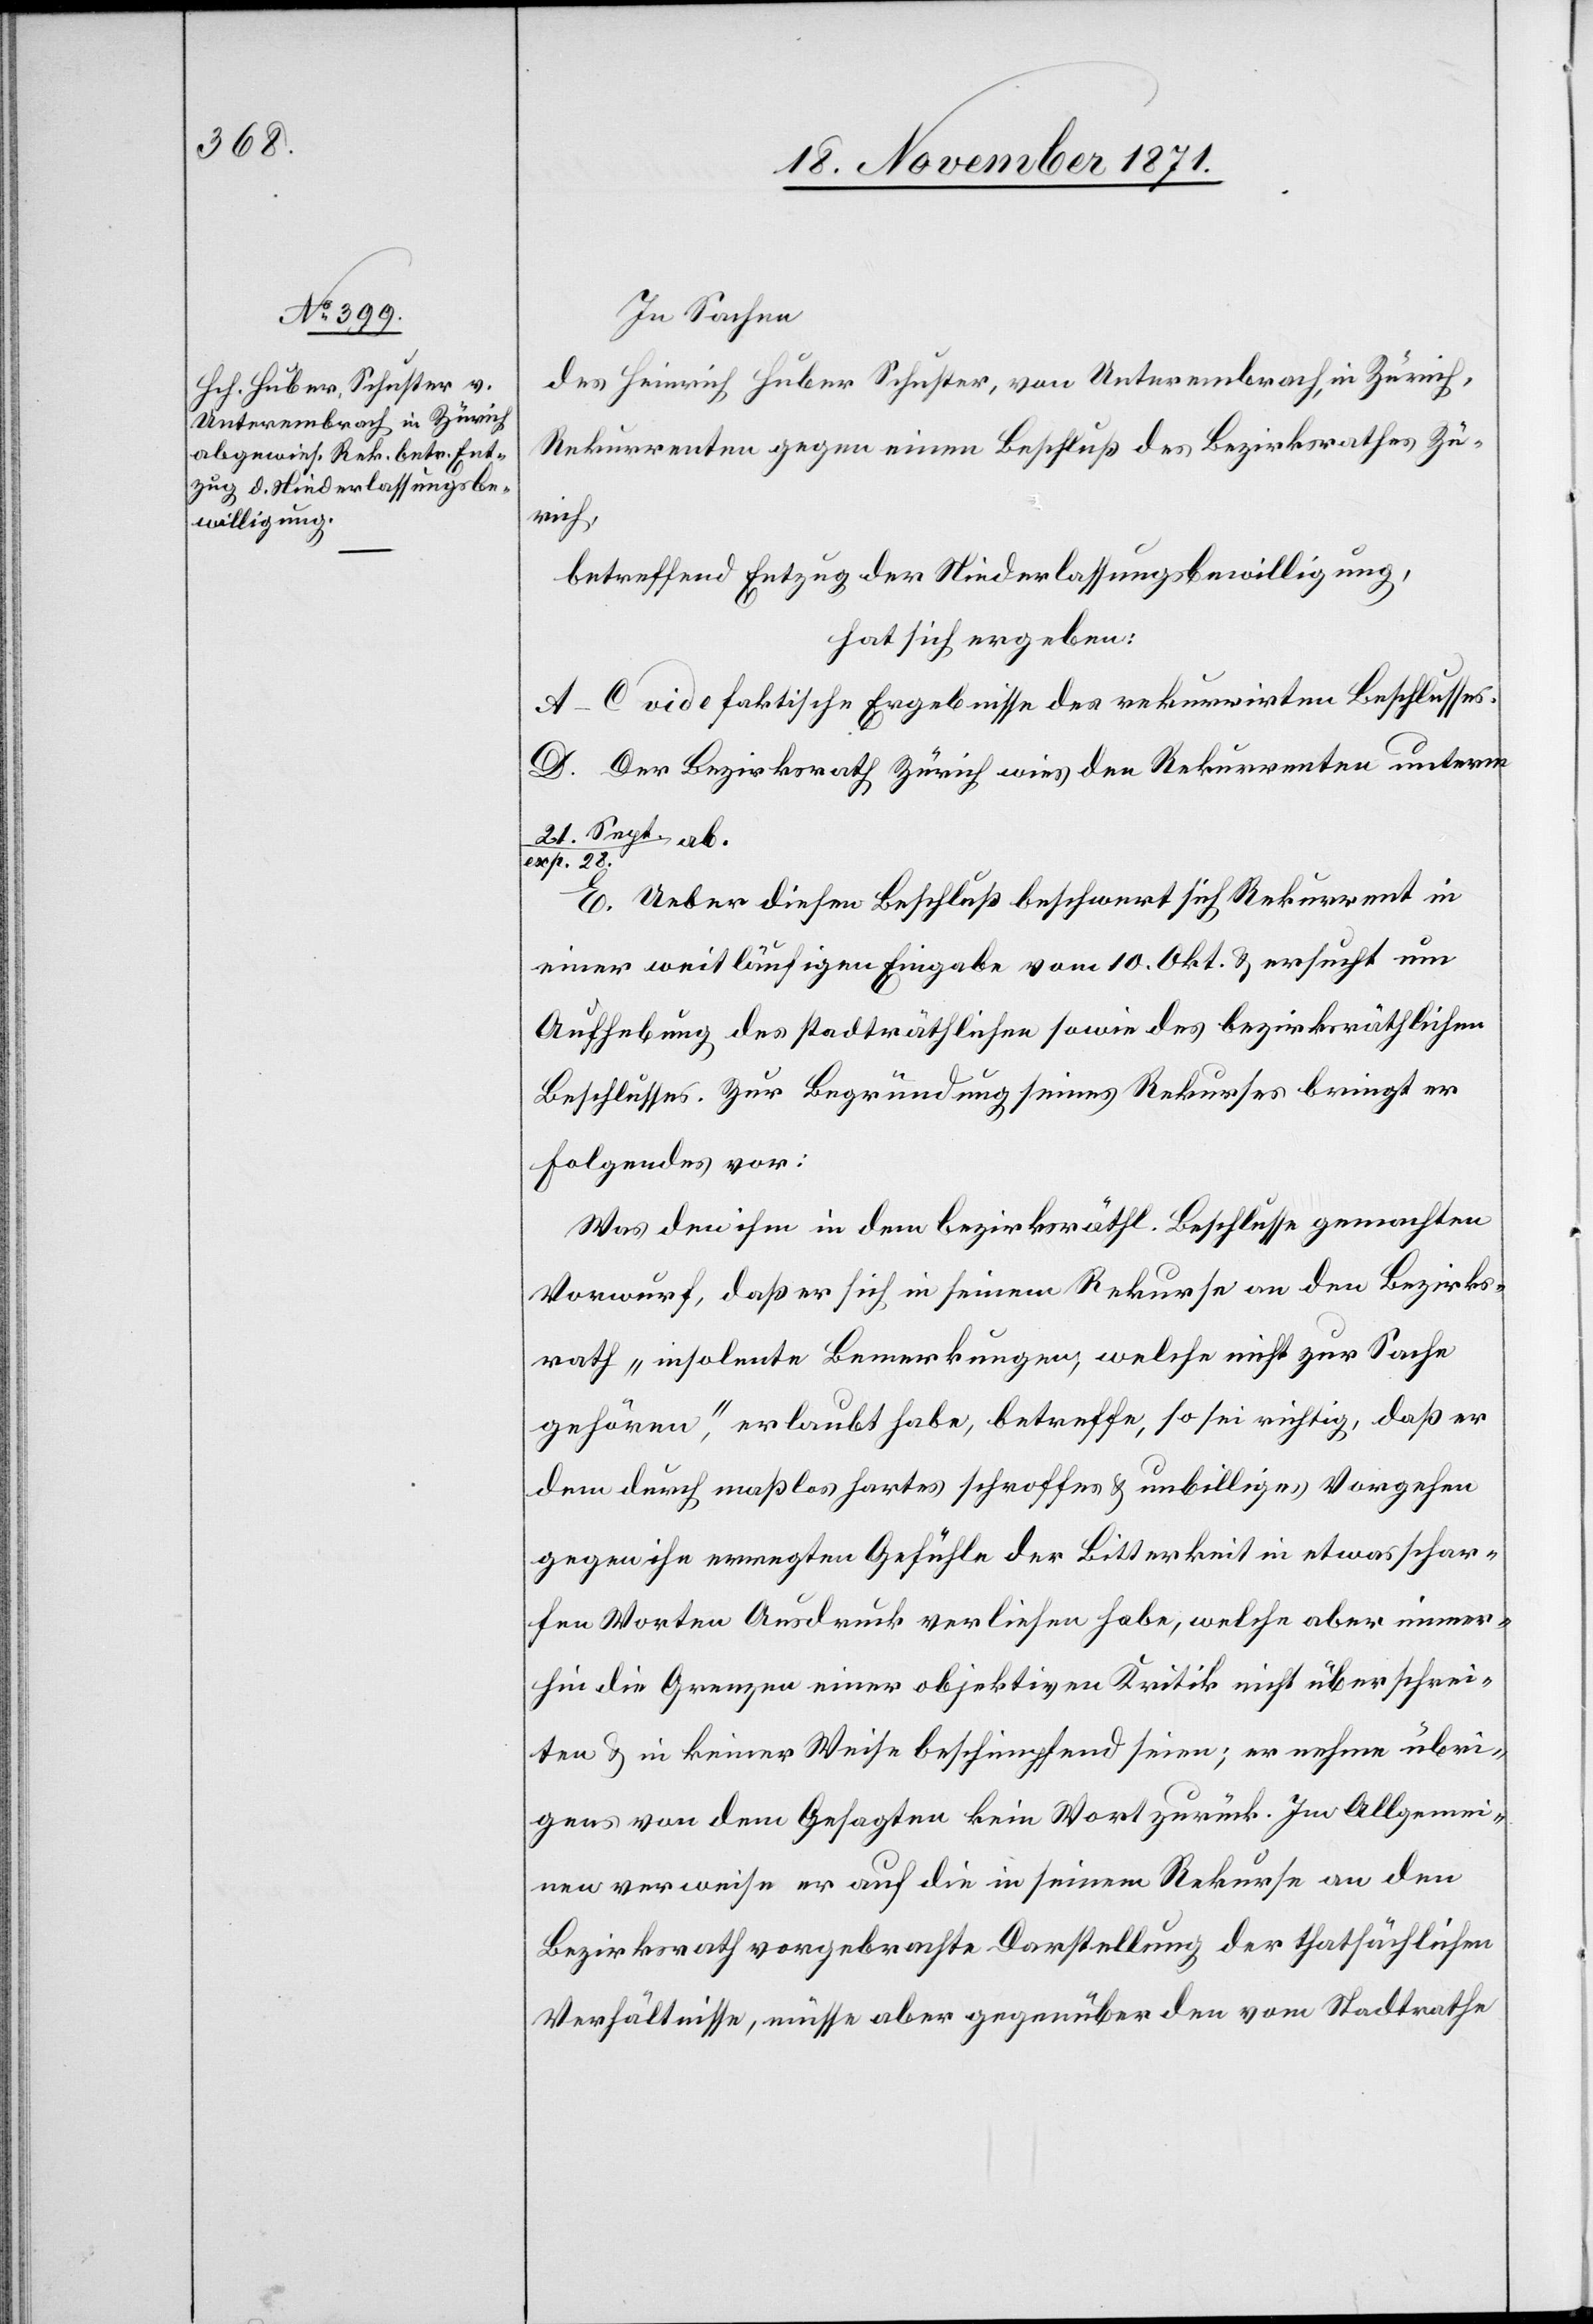
In Sachen
des Heinrich Huber Schuster, von Unterembrach, in Zürich,
Rekurrenten gegen einen Beschluß des Bezirksrathes Zü¬
rich,
betreffend Entzug der Niederlassungsbewilligung,
hat sich ergeben:
A–C vide faktische Ergebnisse des rekurrirten Beschlusses.
D. Der Bezirksrath Zürich wies den Rekurrenten unterm
21. Sept. /
exp. 28
E. Ueber diesen Beschluß beschwert sich Rekurrent in
einer weitläufigen Eingabe vom 10. Okt. & ersucht um
Aufhebung des stadträthlichen sowie des bezirksräthlichen
Beschlusses. Zur Begründung seines Rekurses bringt er
Folgendes vor:
Was den ihm in dem bezirksräthl. Beschluss gemachten
Vorwurf, daß er sich in seinem Rekurse an den Bezirks¬
rath „insolente Bemerkungen, welche nicht zur Sache
gehören“, erlaubt habe, betreffe, so sei richtig, daß er
dem durch maßlos hartes schroffes & unbilliges Vorgehen
gegen ihn erregte Gefühle der Bitterkeit in etwas schar¬
fen Worten Ausdruck verliehen habe, welche aber immer¬
hin die Grenzen einer objektiven Kritik nicht überschrei¬
ten & in keiner Weise beschimpfend seien; er nehme übri¬
gens von dem Gesagten kein Wort zurück. Im Allgemei¬
nen verweise er auf die in seinem Rekurse an den
Bezirksrath vorgebrachte Darstellung der thatsächlichen
Verhältnisse, müsse aber gegenüber den vom Stadtrathe